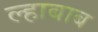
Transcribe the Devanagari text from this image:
ल्हाबाब